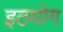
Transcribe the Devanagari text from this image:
इठयोग